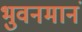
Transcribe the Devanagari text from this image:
भुवनमानं